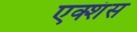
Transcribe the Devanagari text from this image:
एक्शंस